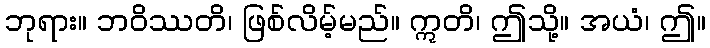
ဘုရား။ ဘဝိဿတိ၊ ဖြစ်လိမ့်မည်။ ဣတိ၊ ဤသို့။ အယံ၊ ဤ။